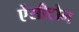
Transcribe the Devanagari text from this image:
ऐंसीटोन